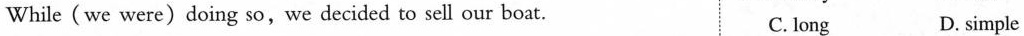
While (we were)doing so,we decided to sell our boat. C. long D.simple